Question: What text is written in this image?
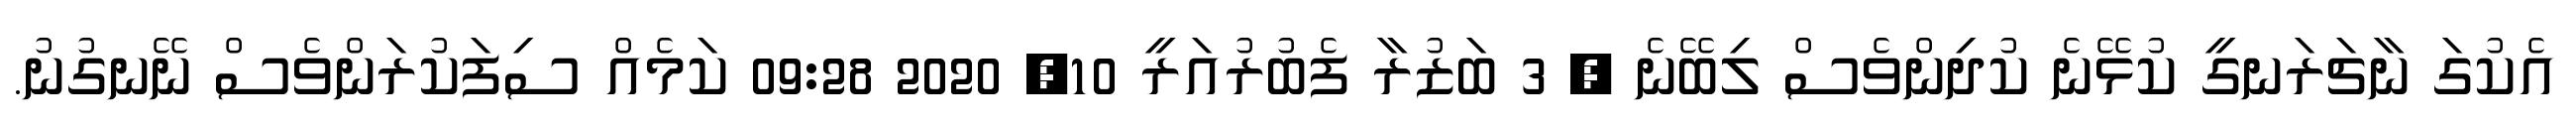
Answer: އެކުގަ ނާޗަރަނގީ ކުޅޭނެ ކުދިންވެސް ލިބޭނެ ? 3 ބަޒުރާ ފެބުރުއަރީ 10, 2020 09:28 ކަމެއް ސިފަކުރަންވެސް ނޭނގުނު.